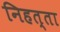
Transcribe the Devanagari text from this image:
निहत्ता